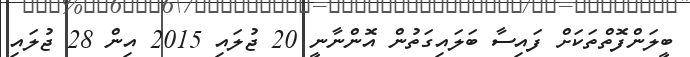
ބީލަންފޮތްތަކަށް ފައިސާ ބަލައިގަތުން އޮންނާނީ 20 ޖުލައި 2015 އިން 28 ޖުލައި